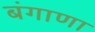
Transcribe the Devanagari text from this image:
बंगाणा